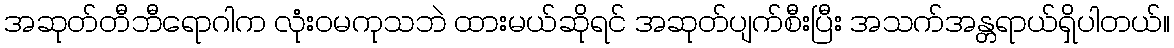
အဆုတ်တီဘီရောဂါက လုံးဝမကုသဘဲ ထားမယ်ဆိုရင် အဆုတ်ပျက်စီးပြီး အသက်အန္တရာယ်ရှိပါတယ်။